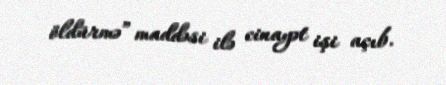
öldürmə” maddəsi ilə cinayət işi açıb.